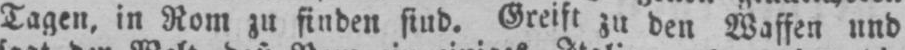
Tagen, in Rom zu finden sind. Greift zu den Waffen und